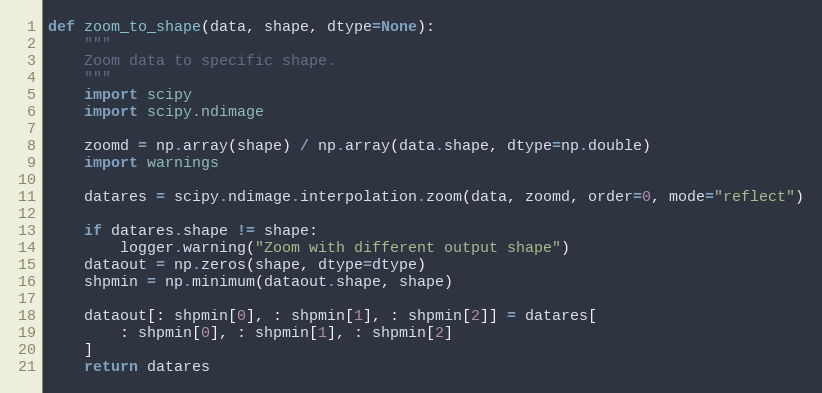
Language: Python
def zoom_to_shape(data, shape, dtype=None):
    """
    Zoom data to specific shape.
    """
    import scipy
    import scipy.ndimage

    zoomd = np.array(shape) / np.array(data.shape, dtype=np.double)
    import warnings

    datares = scipy.ndimage.interpolation.zoom(data, zoomd, order=0, mode="reflect")

    if datares.shape != shape:
        logger.warning("Zoom with different output shape")
    dataout = np.zeros(shape, dtype=dtype)
    shpmin = np.minimum(dataout.shape, shape)

    dataout[: shpmin[0], : shpmin[1], : shpmin[2]] = datares[
        : shpmin[0], : shpmin[1], : shpmin[2]
    ]
    return datares